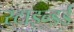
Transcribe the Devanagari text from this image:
स्टाइन्डर्ड